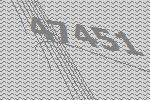
47451